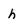
Character: h